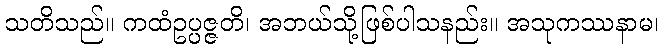
သတိသည်။ ကထံဥပ္ပဇ္ဇတိ၊ အဘယ်သို့ဖြစ်ပါသနည်း။ အသုကဿနာမ၊